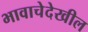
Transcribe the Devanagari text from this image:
भावाचेदेखील